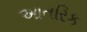
આતરિક